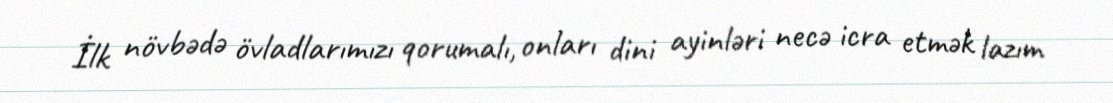
İlk növbədə övladlarımızı qorumalı, onları dini ayinləri necə icra etmək lazım